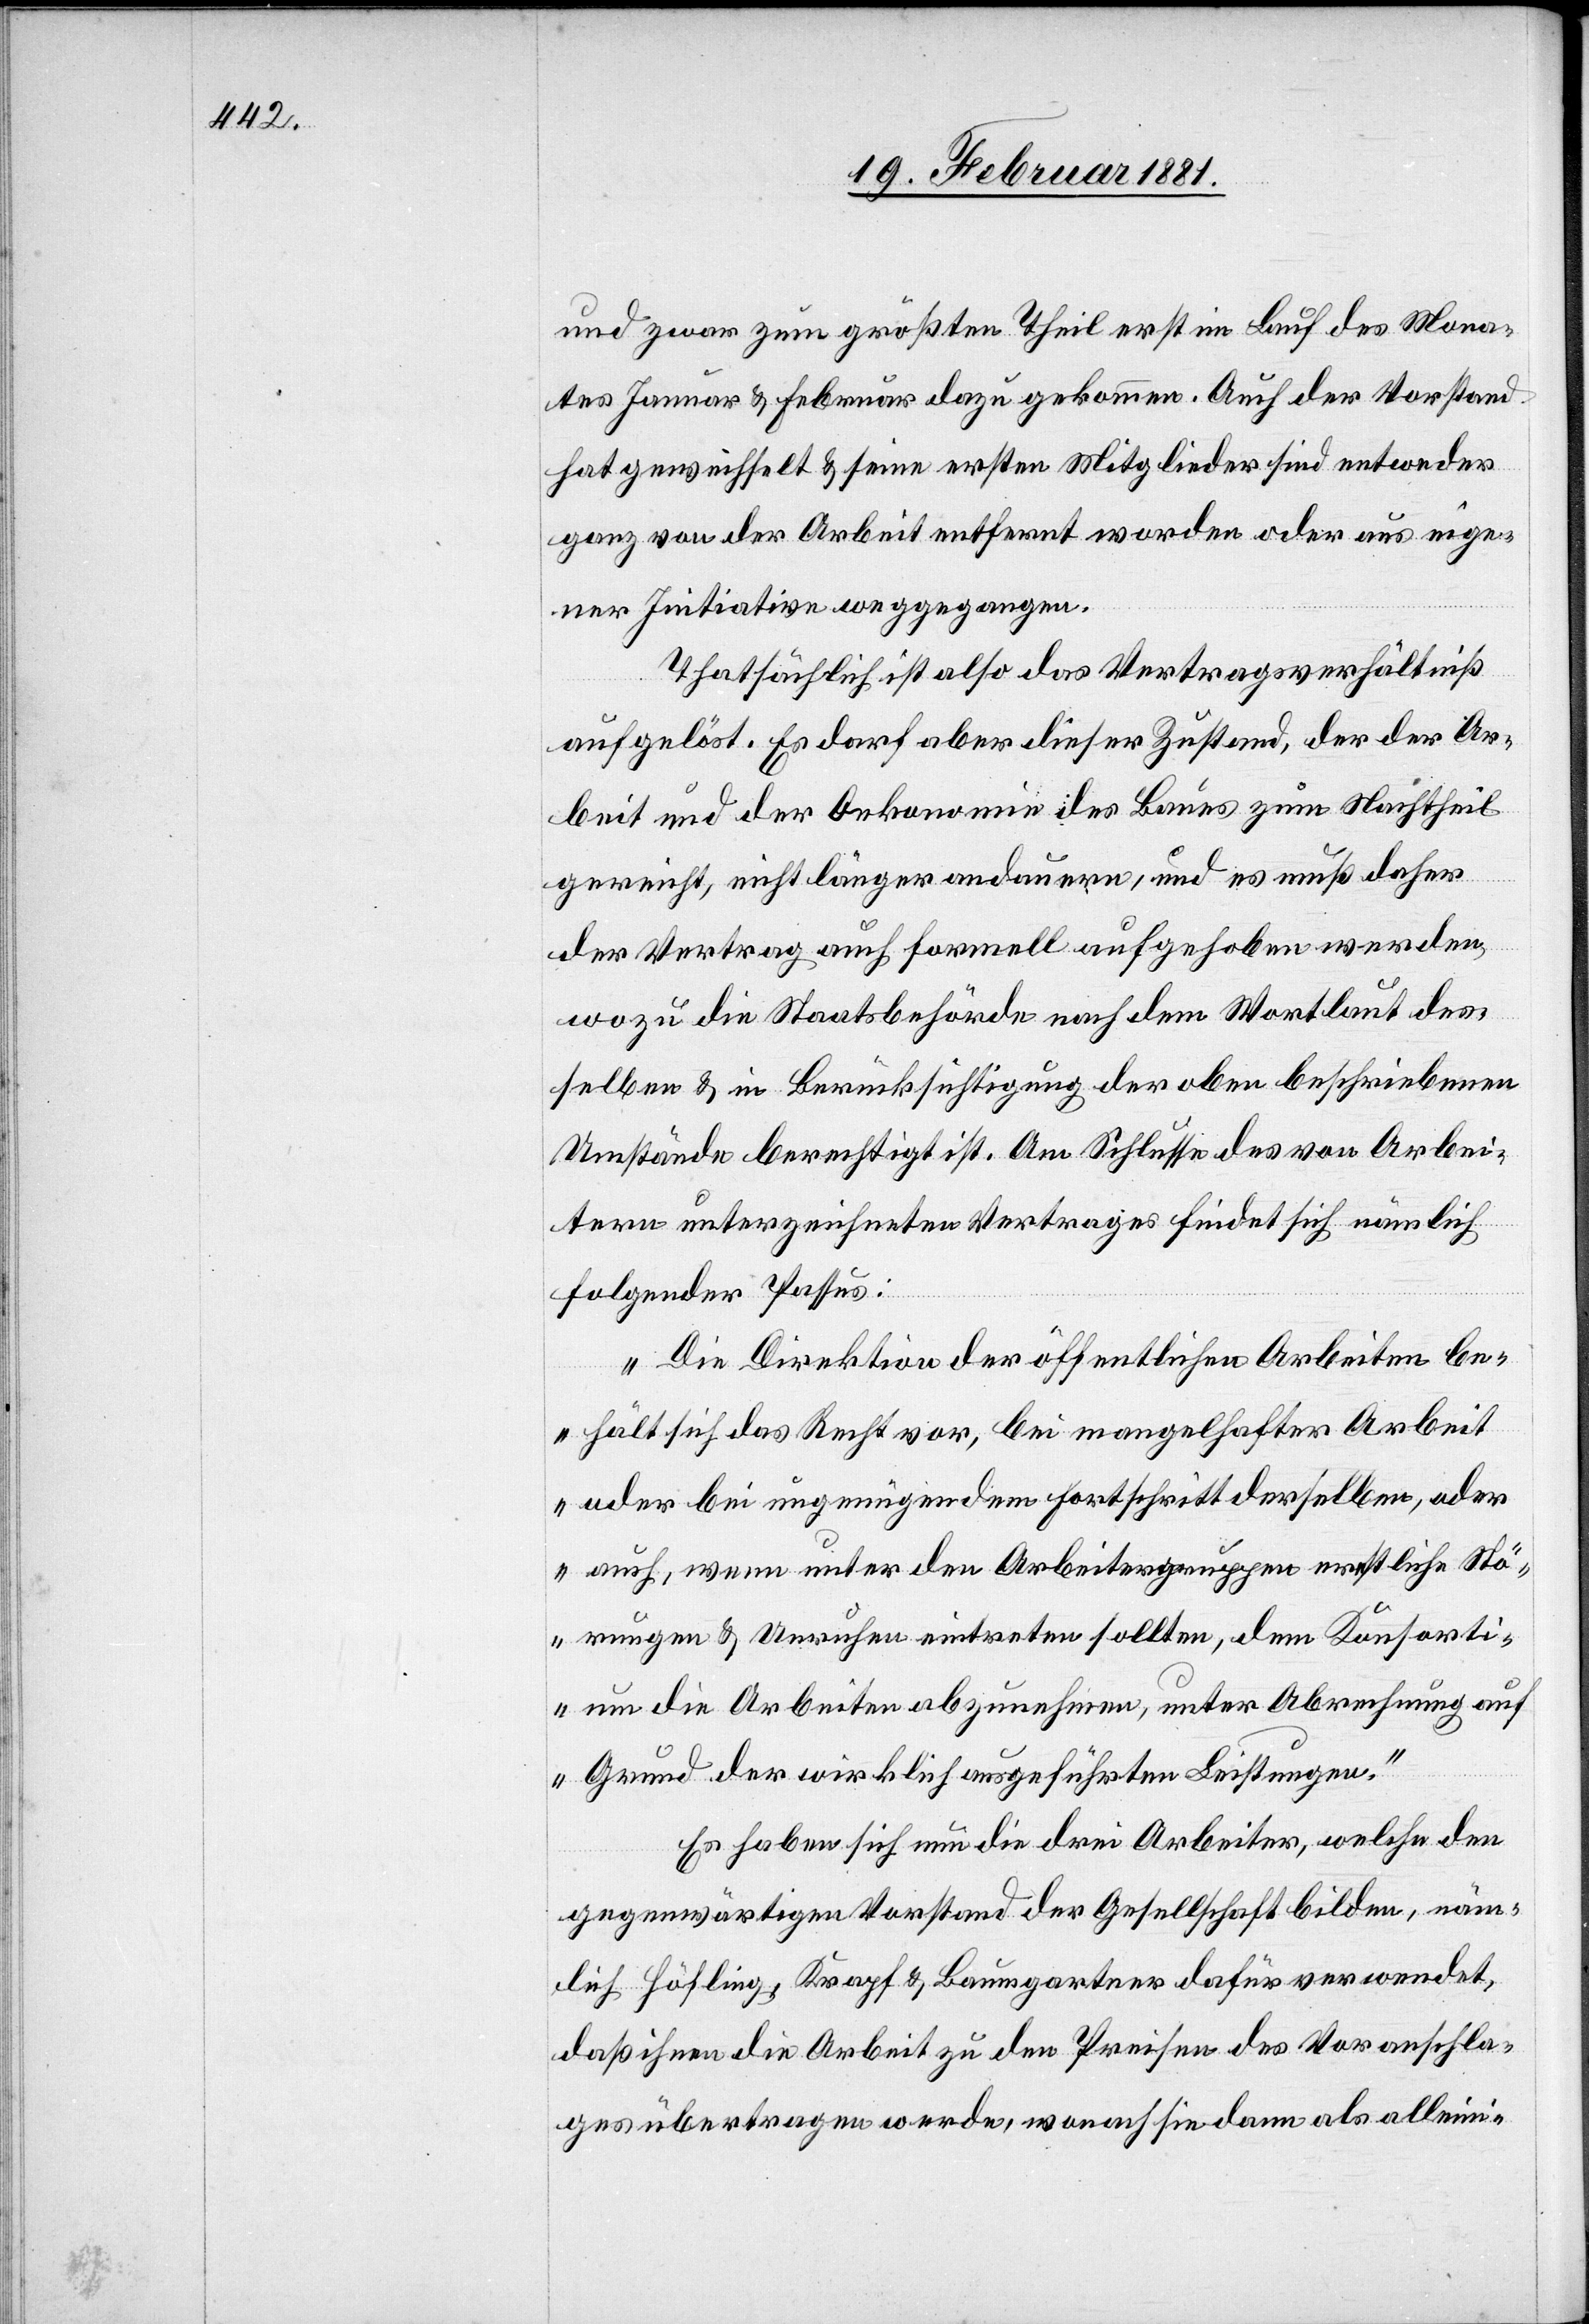
und zwar zum größten Theil erst im Lauf des Mona¬
tes Januar & Februar dazu gekommen. Auch der Vorstand
hat gewechselt & seine ersten Mitglieder sind entweder
ganz von der Arbeit entfernt worden oder aus eige¬
ner Initiative weggegangen.
Thatsächlich ist also das Vertragsverhältniß
aufgelöst. Es darf aber dieser Zustand, der der Ar¬
beit und der Oekonomie des Baues zum Nachtheil
gereicht, nicht länger andauern, und es muß daher
der Vertrag auch formell aufgehoben werden,
wozu die Staatsbehörde nach dem Wortlaut des¬
selben & in Berücksichtigung der oben beschriebenen
Umstände berechtigt ist. Am Schlusse des von Arbei¬
tern unterzeichneten Vertrages findet sich nämlich
folgender Passus:
„Die Direktion der öffentlichen Arbeiten be¬
hält sich das Recht vor, bei mangelhafter Arbeit
oder bei ungenügendem Fortschritt derselben, oder
auch, wenn unter den Arbeitergruppen ernstliche Stö¬
rungen & Unruhen eintreten sollten, dem Konsorti¬
um die Arbeiten abzunehmen, unter Abrechnung auf
Grund der wirklich ausgeführten Leistungen.“
Es haben sich nun die drei Arbeiter, welche den
gegenwärtigen Vorstand der Gesellschaft bilden, näm¬
lich Höfling, Krapf & Baumgartner dafür verwendet,
daß ihnen die Arbeit zu den Preisen des Voranschla¬
ges übertragen werde, wonach die dann als alleini-